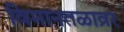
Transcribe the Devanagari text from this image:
विमानतळाव्रर